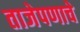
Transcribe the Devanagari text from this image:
ताजेपणाचे